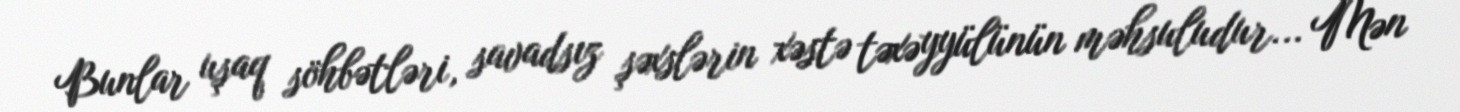
Bunlar uşaq söhbətləri, savadsız şəxslərin xəstə təxəyyülünün məhsuludur... Mən